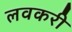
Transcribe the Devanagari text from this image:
लवकरी